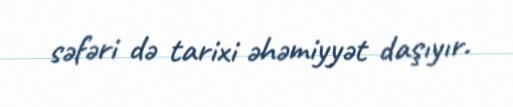
səfəri də tarixi əhəmiyyət daşıyır.